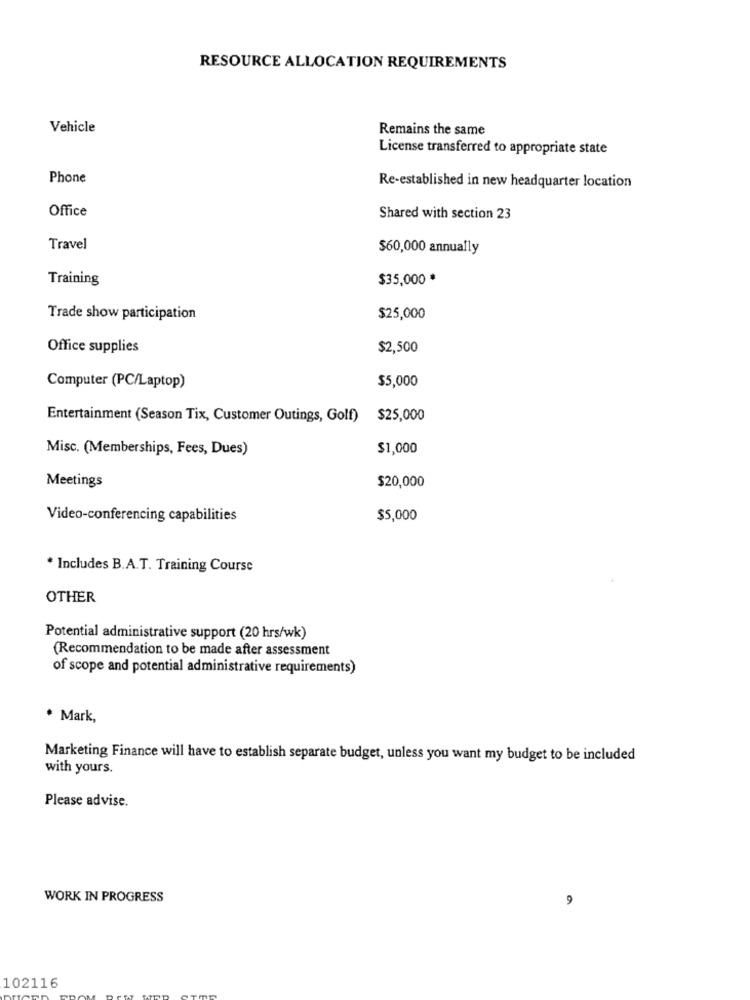
RESOURCE ALLOCATION REQUIREMENTS
Vehicle
Remains the same
License transferred to appropriate state
Phone
Re-established in new headquarter location
Office
Shared with section 23
Travel
$60,000 annually
Training
$35,000 *
Trade show participation
$25,000
Office supplies
$2,500
$5,000
Computer (PC/Laptop)
Entertainment (Season Tix, Customer Outings, Golf) $25,000
Misc. (Memberships, Fees, Dues)
$1,000
Meetings
$20,000
Video-conferencing capabilities
$5,000
* Includes B.A.T. Training Course
OTHER
Potential administrative support (20 hrs/wk)
(Recommendation to be made after assessment
of scope and potential administrative requirements)
* Mark,
Marketing Finance will have to establish separate budget, unless you want my budget to be included
with yours.
Please advise.
WORK IN PROGRESS
9
102116